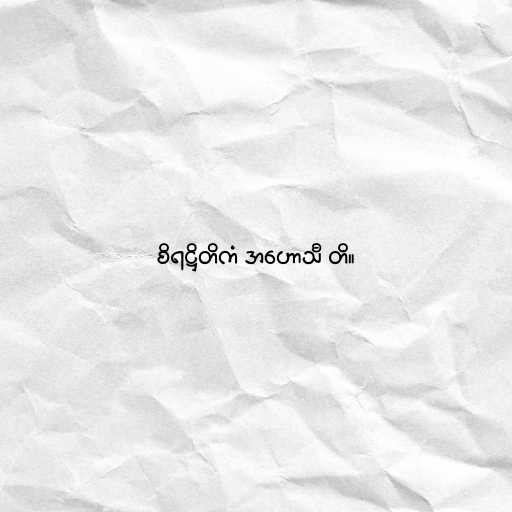
စိရဋ္ဌိတိကံ အဟောသီ တိ။